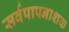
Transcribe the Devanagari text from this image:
सर्वपापनाशक